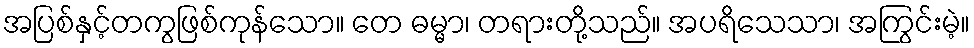
အပြစ်နှင့်တကွဖြစ်ကုန်သော။ တေ ဓမ္မာ၊ တရားတို့သည်။ အပရိသေသာ၊ အကြွင်းမဲ့။